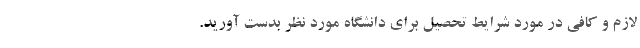
لازم و کافی در مورد شرایط تحصیل برای دانشگاه مورد نظر بدست آورید.